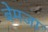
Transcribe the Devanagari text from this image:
बेमजा